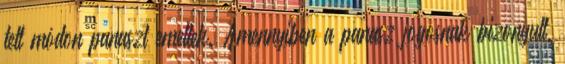
tett módon panaszt emeltek. Amennyiben a panasz jogosnak bizonyult,